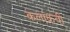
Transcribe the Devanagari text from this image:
कलाकवी